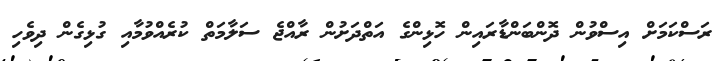
ރަސްކަމަށް އިސްވުން ދޮންބަންޑާރައިން ހޮޅިންގެ އަތްދަށުން ރާއްޖެ ސަލާމަތް ކުރެއްވުމާއި ގުޅިގެން ދިވެހި